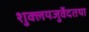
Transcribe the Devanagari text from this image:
शुक्लयजुर्वेदतथा